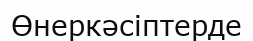
Өнеркәсіптерде